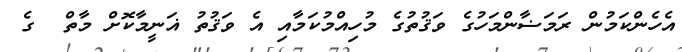
އެހެންކަމުން ރަމަޟާންމަހުގެ ވަޤުތުގެ މުހިއްމުކަމާއި އެ ވަޤުތު ޣަނީމާކޮށް މާތް  ގެ